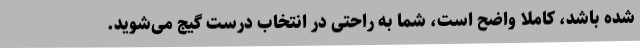
شده باشد، کاملاً واضح است، شما به راحتی در انتخاب درست گیج می‌شوید.